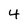
Character: 4